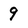
Character: 9